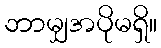
ဘာမျှအပိုမရှိ။